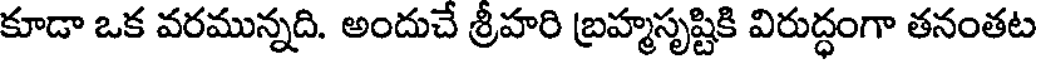
కూడా ఒక వరమున్నది. అందుచే శ్రీహరి బ్రహ్మసృష్టికి విరుద్ధంగా తనంతట